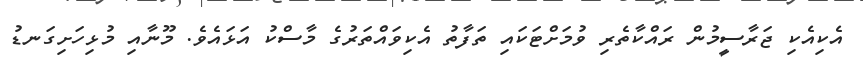
އެކިއެކި ޖަރާސީމުން ރައްކާތެރި ވުމަށްޓަކައި ތަފާތު އެކިވައްތަރުގެ މާސްކު އަޅައެވެ. މޫނާއި މުޅިހަށިގަނޑު